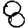
Digit: 8